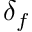
\delta _ { f }